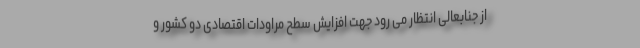
از جنابعالی انتظار می رود جهت افزایش سطح مراودات اقتصادی دو کشور و